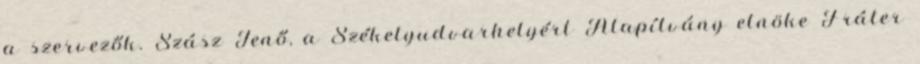
a szervezők. Szász Jenő, a Székelyudvarhelyért Alapítvány elnöke Fráter